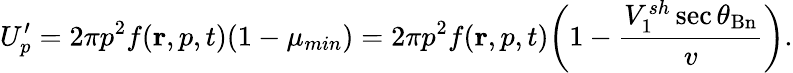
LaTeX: U_{p}^{\prime}=2\pi p^{2}f(\mathbf{r},p,t)(1-\mu_{min})=2\pi p^{2}f(\mathbf{r},p,t)\biggr(1-\frac{V_{1}^{sh}\sec{\theta_{\mathrm{Bn}}}}{v}\biggl).